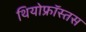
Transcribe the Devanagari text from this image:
थियोफ्रॉस्तस